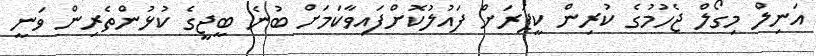
އަނިލް މިގޯލް ޖެހުމުގެ ކުރިން ކީޕަރަށް ފައުލުކޮށްފައިވާކަމަށް ބުނެ ބީޖީގެ ކުޅުންތެރިން ވަނީ